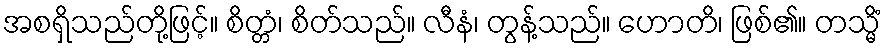
အစရှိသည်တို့ဖြင့်။ စိတ္တံ၊ စိတ်သည်။ လီနံ၊ တွန့်သည်။ ဟောတိ၊ ဖြစ်၏။ တသ္မိံ